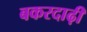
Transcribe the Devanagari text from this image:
बकरदाढ़ी